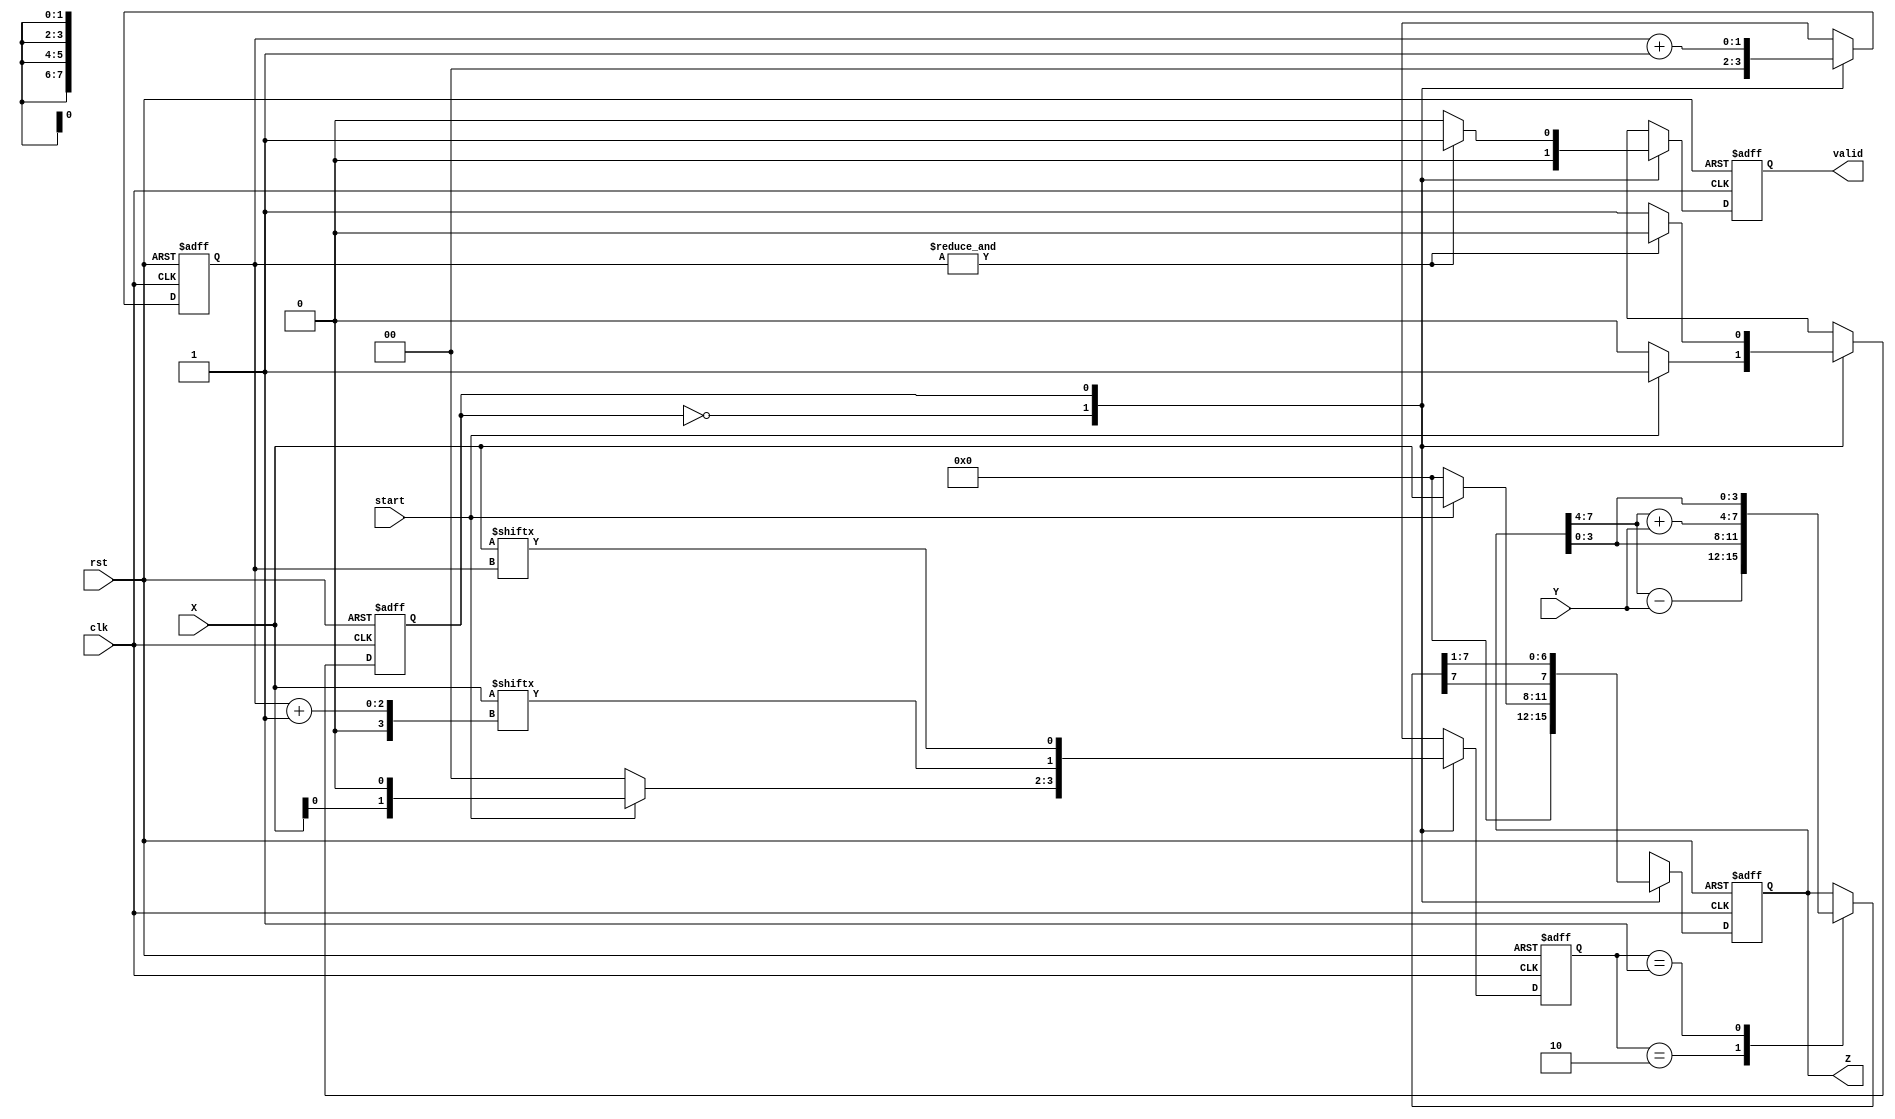
module Bikas_BoothMul(clk,rst,start,X,Y,valid,Z);

input clk;
input rst;
input start;
input signed [3:0]X,Y;
output signed [7:0]Z;
output valid;

reg signed [7:0] Z,next_Z,Z_temp;
reg next_state, pres_state;
reg [1:0] temp,next_temp;
reg [1:0] count,next_count;
reg valid, next_valid;

parameter IDLE = 1'b0;
parameter START = 1'b1;

always @ (posedge clk or negedge rst)
begin
if(!rst)
begin
  Z          <= 8'd0;
  valid      <= 1'b0;
  pres_state <= 1'b0;
  temp       <= 2'd0;
  count      <= 2'd0;
end
else
begin
  Z          <= next_Z;
  valid      <= next_valid;
  pres_state <= next_state;
  temp       <= next_temp;
  count      <= next_count;
end
end

always @ (*)
begin 
case(pres_state)
IDLE:
begin
next_count = 2'b0;
next_valid = 1'b0;
if(start)
begin
    next_state = START;
    next_temp  = {X[0],1'b0};
    next_Z     = {4'd0,X};
end
else
begin
    next_state = pres_state;
    next_temp  = 2'd0;
    next_Z     = 8'd0;
end
end

START:
begin
    case(temp)
    2'b10:   Z_temp = {Z[7:4]-Y,Z[3:0]};
    2'b01:   Z_temp = {Z[7:4]+Y,Z[3:0]};
    default: Z_temp = {Z[7:4],Z[3:0]};
    endcase
next_temp  = {X[count+1],X[count]};
next_count = count + 1'b1;
next_Z     = Z_temp >>> 1;
next_valid = (&count) ? 1'b1 : 1'b0; 
next_state = (&count) ? IDLE : pres_state;	
end
endcase
end
endmodule